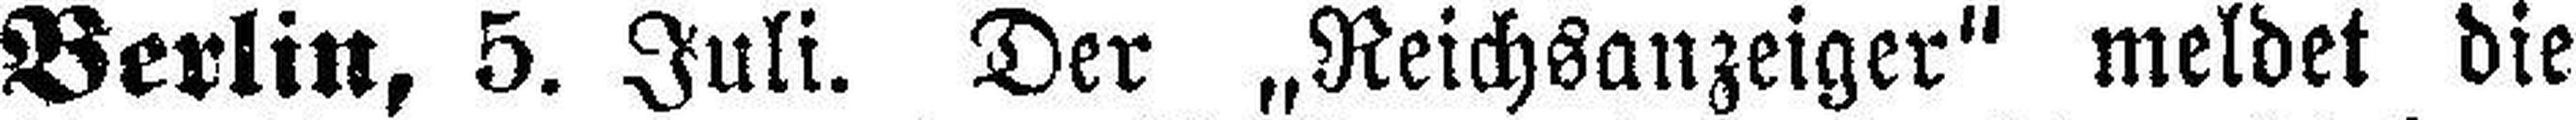
Berlin, 5. Juli. Der „Reichsanzeiger“ meldet die